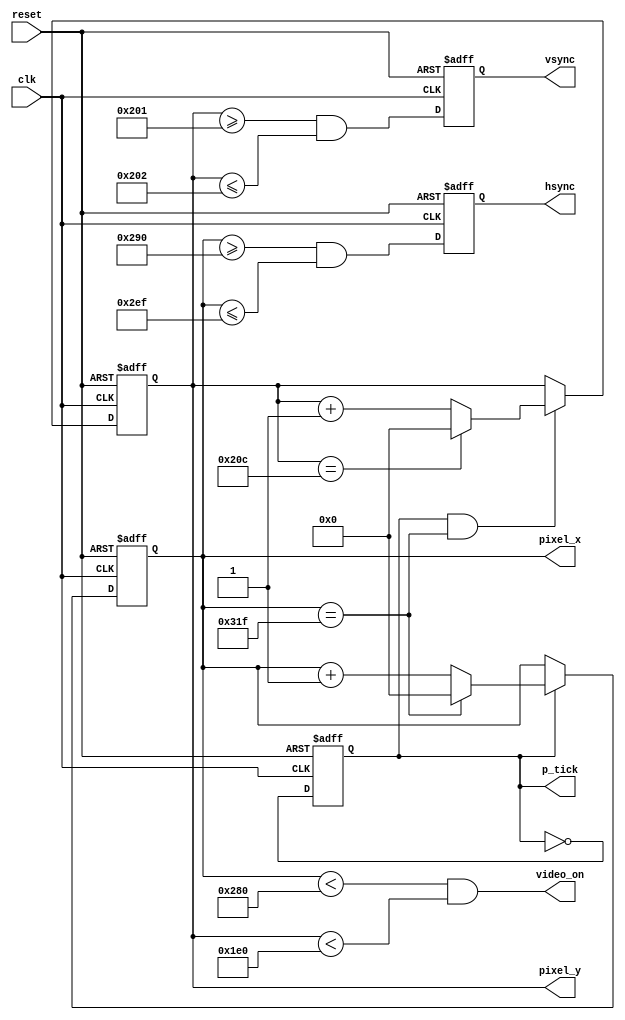
`timescale 1ns / 10ps
//////////////////////////////////////////////////////////////////////////////////
// Company: 
// Engineer: 
// 
// Design Name: 
// Module Name:    Sincronizador 
// Project Name: 
// Target Devices: 
// Tool versions: 
// Description: 
//
// Dependencies: 
//
// Revision: 
// Revision 0.01 - File Created
// Additional Comments: 
//
//////////////////////////////////////////////////////////////////////////////////
module Sincronizador(

	input wire reset,
	input wire clk,
	output wire hsync , vsync , video_on, p_tick,
	output wire [9:0] pixel_x, pixel_y
    );
	 
	   // declaracion de constantes
		// VGA 640-by-480 sync parameters
	localparam HD = 640; // area de display horizontal
	localparam HF = 48 ; //borde izquierdo
	localparam HB = 16 ; //borde derecho
	localparam HR = 96 ; // retraso horizonal
	localparam VD = 480; // area de display vertical
	localparam VF = 10; // borde superior
	localparam VB = 33; // borde inferior
	localparam VR = 2; // retraso vertical
	
	// mod-2 counter
	reg mod2_reg;
	wire mod2_next ;
	// sync counters
	reg [9:0] h_count_reg, h_count_next;
	reg [9:0] v_count_reg , v_count_next ;
	// output buffer
	reg v_sync_reg , h_sync_reg ;
	wire v_sync_next , h_sync_next ;
	// seal de estado
	wire h_end , v_end , pixel_tick;
	
	// cuerpo del registro

	always @( posedge clk , posedge reset)
		if (reset)
			begin
			mod2_reg <= 1'b0;
			v_count_reg <= 0;
			h_count_reg <= 0;
			v_sync_reg <= 1'b0;
			h_sync_reg <= 1'b0;
		end
		else
			begin
			mod2_reg <= mod2_next ;
			v_count_reg <= v_count_next;
			h_count_reg <= h_count_next;
			v_sync_reg <= v_sync_next ;
			h_sync_reg <= h_sync_next ;
		end
		
		//circuito mod-2 para generar un tick de habilitacion de 25 MHz
	assign mod2_next = ~mod2_reg;
	assign pixel_tick = mod2_reg;
	// seales de estado
	// final del contador horizontal (799)
	assign h_end = (h_count_reg == (HD+HF+HB+HR-1));
	// final del contador vertical (524)
	assign v_end = (v_count_reg ==(VD+VF+VB+VR-1));
	
	//logica de estado siguiente para contador de sincronizacion horizontal mod-800.
	always @*
		if (pixel_tick) // Pulso de 25 MHz.
			if (h_end)
				h_count_next = 0;
			else
				h_count_next = h_count_reg + 1;
		else
			h_count_next = h_count_reg;
			
	//logica de estado siguiente para contador de sincronizacion vertical mod-525.
	always @*
		if(pixel_tick & h_end)
			if (v_end)
				v_count_next = 0;
			else 
				v_count_next = v_count_reg + 1;
		else
			v_count_next = v_count_reg;
			
	assign h_sync_next = (h_count_reg >= (HD+HB) && h_count_reg <= (HD+HB+HR-1));
	assign v_sync_next = (v_count_reg >= (VD+VB) && v_count_reg <= (VD+VB+VR-1));
	
	//video on/off
	
	assign video_on = (h_count_reg < HD) && (v_count_reg < VD);
	
	//salida
	assign hsync = h_sync_reg;
	assign vsync = v_sync_reg;
	assign pixel_x = h_count_reg;
	assign pixel_y = v_count_reg;
	assign p_tick = pixel_tick;

endmodule